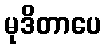
မုဒိတာပေ